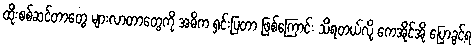
ထိုးစစ်ဆင်တာတွေ များလာတာတွေကို အဓိက ရှင်းပြတာ ဖြစ်ကြောင်း သိရတယ်လို့ ကေအိုင်အို ပြောခွင့်ရ